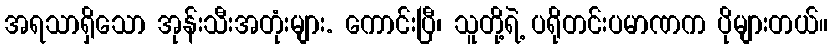
အရသာရှိသော အုန်းသီးအတုံးများ. ကောင်းပြီ၊ သူတို့ရဲ့ ပရိုတင်းပမာဏက ပိုများတယ်။